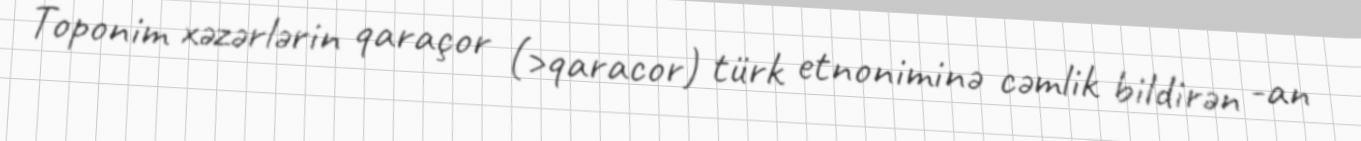
Toponim xəzərlərin qaraçor (>qaracor) türk etnoniminə cəmlik bildirən -an